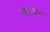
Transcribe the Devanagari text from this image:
संलक्षन